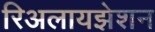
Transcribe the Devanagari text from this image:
रिअलायझेशन